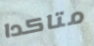
متاكدا